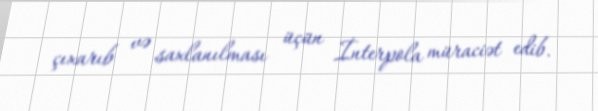
çıxarıb və saxlanılması üçün İnterpola müraciət edib.